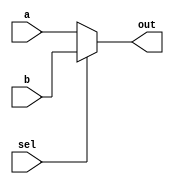
// =============================================================================
// -----------------------------------------------------------------------------
// This file implements the RISC 5 Stage processor.
// =============================================================================


module mux2to1_5bit (	input[4:0] a,
			input[4:0] b,
			input sel,
			output[4:0] out);

assign out = sel ? b : a;

endmodule


module mux2to1 (	input[7:0] a,
			input[7:0] b,
			input sel,
			output[7:0] out);

assign out = sel ? b : a;

endmodule

module forwardunit
(   
    EX_MEM_RegWrite_i,
    EX_MEM_RD_i,
    ID_EX_RS_i,
    ID_EX_RT_i,
    MEM_WB_RegWrite_i,
    MEM_WB_RD_i,
    forward_mux1,
    forward_mux2
);

input			EX_MEM_RegWrite_i, MEM_WB_RegWrite_i;
input	    	[4:0]	ID_EX_RS_i, ID_EX_RT_i, EX_MEM_RD_i, MEM_WB_RD_i;
output reg	    [1:0]	forward_mux1, forward_mux2;

always@(*)begin

    // forward 0
    forward_mux1 = 2'b00;

    // forward EX
    if(EX_MEM_RegWrite_i && (EX_MEM_RD_i != 8'h00) && (EX_MEM_RD_i == ID_EX_RS_i))
    forward_mux1 = 2'b10;

    // forward MEM
    else if(MEM_WB_RegWrite_i && (MEM_WB_RD_i != 8'h00) && MEM_WB_RD_i == ID_EX_RS_i)
    forward_mux1 = 2'b01;

    // forward 0
    forward_mux2 = 2'b00;

    // forward EX
    if(EX_MEM_RegWrite_i && (EX_MEM_RD_i != 8'h00) && (EX_MEM_RD_i == ID_EX_RT_i))
    forward_mux2 = 2'b10;

    // forward MEM
    else if(MEM_WB_RegWrite_i && (MEM_WB_RD_i != 8'h00) && MEM_WB_RD_i == ID_EX_RT_i)
    forward_mux2 = 2'b01;

end
endmodule

module mux4to1 (	input[7:0] a,
			input[7:0] b,
			input[7:0] c,
			input[7:0] d,
			input[1:0] sel,
			output[7:0] out);

assign out = sel[1] ? (sel[0] ? d : c) : (sel[0] ? b : a);

endmodule


module comparator(
input       control, 
input[1:0]  opCode,
input[7:0]  a, b, 
output reg  comp);

always@(*)
begin
   if (opCode == 2'b01)
      comp = a < b;
   else if (opCode == 2'b10)
      comp = a > b;
   else if (opCode == 2'b11)
      comp = a == b;
end

endmodule

module Imm_gen(
    input [1:0] ImmSel_o,
    input [31:0] Instr,
    output reg[7:0] Imm_o
);

wire [11:0] imm_i;
wire [7:0]  imm_s1; 
wire [5:0]  imm_s2;
assign imm_i  = Instr[31:20];
assign imm_s2 = Instr[11:7];
assign imm_s1 = Instr[31:25];

always@(*) 
begin
    case(ImmSel_o)
        default : begin
            Imm_o <= 7'b0000000;
        end

        2'b01 : begin //I type
            Imm_o <= imm_i[7:0];
        end

        2'b10 : begin //S type
            Imm_o <= (imm_s1[2:0] << 5) + imm_s2;
        end    

        2'b11 : begin //SB type
            Imm_o <= (imm_s1[2:0] << 5) + (imm_s2[4:1] << 1) + 1'b0;
        end            

    endcase
    $display("Out Imm: %d", Imm_o);
end

endmodule


module pc(
    input clk,
    input reset,
    input hazard,
    input  [7:0] pc_i,
    output reg[7:0] pc_o);

reg[7:0] spc_o;

always@(posedge clk or negedge reset)
begin
    if(!reset) spc_o <= 0;
    //else if (hazard) spc_o <= pc_i;
    //else if (pc_i == 256) spc_o <= 0;
    else  spc_o <= pc_i;
end

always@(*)
begin
    pc_o <= spc_o + 4;
end
endmodule

module registerFile(input           clock, reset, regWrite,
                    input[4:0]      rAddr1, rAddr2, wAddr, 
                    input[7:0]      datain,
                    output reg[7:0] output1, output2);

reg[7:0] register[15:0];
reg[7:0] sregister[15:0];

// Write data in register
always@(posedge clock or negedge reset)
begin
   if (!reset)
      begin
      sregister[0]        <= 8'h00;
	    sregister[1]        <= 8'h00;
	    sregister[2]        <= 8'h00;
	    sregister[3]        <= 8'h00;
	    sregister[4]        <= 8'h00;
	    sregister[5]        <= 8'h00;
	    sregister[6]        <= 8'h00;
	    sregister[7]        <= 8'h00;
	    sregister[8]        <= 8'h00;
	    sregister[9]        <= 8'h00;
	    sregister[10]       <= 8'h00;
	    sregister[11]       <= 8'h00;
	    sregister[12]       <= 8'h00;
	    sregister[13]       <= 8'h00;
	    sregister[14]       <= 8'h00;
	    sregister[15]       <= 8'h00;
      end
   else
     begin
       sregister[wAddr]        <= datain;
     end
end

// Output data
always@(*)
begin
    if (regWrite) register[wAddr] <= sregister[wAddr]; 
   output1 <= register[rAddr1];
   output2 <= register[rAddr2];
end

endmodule

module shiftL1(
input[7:0]      in,
output reg[7:0] out);

always@(*)
begin
   out = in << 1;
end

endmodule

module Control(
input [6:0]     Op_i,
output  reg[2:0]    ALUOp_o,
output  reg[1:0]    ImmSel_o,
output  reg    ALUSrc_o, RegDst_o, PCSrc_o,
output  reg    RegWrite_o ,MemRd_o,MemWr_o,MemToReg_o);


always@(*)begin

    case(Op_i)
        default:begin
            ALUOp_o <= 3'b111;
            ALUSrc_o <= 1'b0;
            RegWrite_o <= 1'b0;
            MemRd_o <= 1'b0;
            MemWr_o <= 1'b0;
            MemToReg_o <= 1'b0;
            RegDst_o <= 1'b0;
            PCSrc_o <= 1'b0;
            ImmSel_o <= 2'b00;
        end

        7'b0011011:begin //I cal
            ALUOp_o <= 3'b011;
            ALUSrc_o <= 1'b1;
            RegWrite_o <= 1'b1;
            MemRd_o <= 1'b0;
            MemWr_o <= 1'b0;
            MemToReg_o <= 1'b0;
            RegDst_o <= 1'b1;
            PCSrc_o <= 1'b0;
            ImmSel_o <= 2'b01;
        end

        7'b0110110:begin //R
            ALUOp_o <= 3'b010;
            ALUSrc_o <= 1'b0;
            RegWrite_o <= 1'b1;
            MemRd_o <= 1'b0;
            MemWr_o <= 1'b0;
            MemToReg_o <= 1'b0;
            RegDst_o <= 1'b1;
            PCSrc_o <= 1'b0;
            ImmSel_o <= 2'b01;
        end

        7'b1111100:begin //Lw
            ALUOp_o <= 3'b001;
            ALUSrc_o <= 1'b1;
            RegWrite_o <= 1'b1;
            MemRd_o <= 1'b1;
            MemWr_o <= 1'b0;
            MemToReg_o <= 1'b1;
            RegDst_o <= 1'b1;
            PCSrc_o <= 1'b0;
            ImmSel_o <= 2'b01;
        end

        7'b1101100:begin //Sw
            ALUOp_o <= 3'b001;
            ALUSrc_o <= 1'b1;
            RegWrite_o <= 1'b0;
            MemRd_o <= 1'b0;
            MemWr_o <= 1'b1;
            MemToReg_o <= 1'b0;
            RegDst_o <= 1'b0;
            PCSrc_o <= 1'b0;
            ImmSel_o <= 2'b10;
        end

        7'b1011001:begin //SB
            ALUOp_o <= 3'b110;
            ALUSrc_o <= 1'b1;
            RegWrite_o <= 1'b0;
            MemRd_o <= 1'b0;
            MemWr_o <= 1'b0;
            MemToReg_o <= 1'b0;
            RegDst_o <= 1'b0;
            PCSrc_o <= 1'b1;
            ImmSel_o <= 2'b11;
        end

        7'b0110011:begin //UJ
            ALUOp_o <= 3'b000;
            ALUSrc_o <= 1'b1;
            RegWrite_o <= 1'b0;
            MemRd_o <= 1'b0;
            MemWr_o <= 1'b0;
            MemToReg_o <= 1'b0;
            RegDst_o <= 1'b0;
            PCSrc_o <= 1'b1;
            ImmSel_o <= 2'b00;
        end

    endcase
    //$display("ALUOp_o = %b ,ALUSrc_o = %b, RegWrite_o = %b, MemRd_o = %b, MemWr_o = %b, MemToReg_o = %b, RegDst_o = %b,
      //      PCSrc_o = %b, ImmSel_o = %b",ALUOp_o, ALUSrc_o, RegWrite_o, MemRd_o, MemWr_o, MemToReg_o, RegDst_o, ImmSel_o);

end

endmodule

module data_memory(
input wire [7:0] addr,          // Memory Address
input wire [7:0] write_data,    // Memory Address Contents
input wire       memwrite, memread,
input wire       clk,reset,           // All synchronous elements, including memories, should have a clock signal
output reg [7:0] read_data      // Output of Memory Address Contents
);

reg [7:0] sMEMO[0:30];
reg [7:0] sread_data;
reg [7:0] MEMO[0:30];  // 256 words of 8-bit memory

integer i;

always@(posedge clk or negedge reset)
begin
  if (!reset) begin
    sread_data <= 8'h00;
    for (i = 0; i < 30; i = i + 1) begin
        sMEMO[i] <= 8'h00 + i;
    end
  end  
  else
    begin
     sMEMO[addr] <= write_data;
     sread_data <= MEMO[addr];
    end
end

// Using @(addr) will lead to unexpected behavior as memories are synchronous elements like registers
always @(posedge clk) begin
  if (memwrite == 1'b1) begin
    MEMO[addr] <= sMEMO[addr];
  end
  // Use memread to indicate a valid address is on the line and read the memory into a register at that address when memread is asserted
  if (memread == 1'b1) begin
    read_data <= sread_data;
  end

  //$display("mem[4]:%d, mem[5]:%d, mem[7]:%d ",MEMO[4] ,MEMO[5], MEMO[7]);
end

endmodule

module IDEX(input            clock, reset, flush,
            input[7:0]       pc, imm, 
            input[7:0]       Rdata1, Rdata2, 
            input[4:0]       Rd, Rs1, Rs2, 
            input[6:0]       opCode, funct7,
            input[2:0]       funct3, ALUOp_in,
            input        ALUSrc_in, RegDst_in, PCSrc_in,
                             RegWrite_in ,MemRd_in,MemWr_in,MemToReg_in,
            output reg[7:0]  IDEX_pc, IDEX_imm,
            output reg[7:0]  IDEX_Rdata1, IDEX_Rdata2,
            output reg[4:0]  IDEX_Rd, IDEX_Rs2, IDEX_Rs1,
            output reg[6:0]  IDEX_opCode, IDEX_funct7,
            output reg[2:0]  IDEX_funct3, IDEX_ALUOp,
            output reg       IDEX_ALUSrc, IDEX_RegDst, IDEX_PCSrc, 
                             IDEX_MemRead, IDEX_MemWrite, IDEX_RegWrite, IDEX_MemToReg);

            reg[7:0]  sIDEX_pc, sIDEX_imm;
          reg[7:0]  sIDEX_Rdata1, sIDEX_Rdata2;
         reg[4:0]  sIDEX_Rd, sIDEX_Rs2, sIDEX_Rs1;
          reg[6:0]  sIDEX_opCode, sIDEX_funct7;
          reg[2:0]  sIDEX_funct3, sIDEX_ALUOp;
          reg       sIDEX_ALUSrc, sIDEX_RegDst, sIDEX_PCSrc, 
                    sIDEX_MemRead, sIDEX_MemWrite, sIDEX_RegWrite, sIDEX_MemToReg;


always@(posedge clock or negedge reset)
begin
   if (!reset)
      begin
         // Reset
         sIDEX_pc          <= 8'h0;
         sIDEX_Rd          <= 5'h0;
         sIDEX_Rs1         <= 5'h0;
         sIDEX_Rs2         <= 5'h0;
         sIDEX_imm         <= 8'h0;
         sIDEX_Rdata1      <= 8'h0;
         sIDEX_Rdata2      <= 8'h0;

         sIDEX_opCode      <= 7'h0;
         sIDEX_funct7      <= 7'h0;

         sIDEX_funct3      <= 3'b000;
         sIDEX_ALUOp       <= 3'b000;

         sIDEX_ALUSrc      <= 1'b0;
         sIDEX_RegDst      <= 1'b0;
         sIDEX_PCSrc       <= 1'b0;
         sIDEX_MemRead     <= 1'b0;
         sIDEX_MemWrite    <= 1'b0;
         sIDEX_RegWrite    <= 1'b0;
         sIDEX_MemToReg    <= 1'b0;
      end
      else if(flush)
      begin
         sIDEX_pc          <= 8'h0;
         sIDEX_Rd          <= 5'h0;
         sIDEX_Rs1         <= 5'h0;
         sIDEX_Rs2         <= 5'h0;
         sIDEX_imm         <= 8'h0;
         sIDEX_Rdata1      <= 8'h0;
         sIDEX_Rdata2      <= 8'h0;

         sIDEX_opCode      <= 7'h0;
         sIDEX_funct7      <= 7'h0;

         sIDEX_funct3      <= 3'b000;
         sIDEX_ALUOp       <= 3'b000;

         sIDEX_ALUSrc      <= 1'b0;
         sIDEX_RegDst      <= 1'b0;
         sIDEX_PCSrc       <= 1'b0;
         sIDEX_MemRead     <= 1'b0;
         sIDEX_MemWrite    <= 1'b0;
         sIDEX_RegWrite    <= 1'b0;
         sIDEX_MemToReg    <= 1'b0;
      end
      else
      begin
      
      sIDEX_pc          <= pc;
      sIDEX_Rd          <= Rd;
      sIDEX_Rs1         <= Rs1;
      sIDEX_Rs2         <= Rs2;
      sIDEX_imm         <= imm;
      sIDEX_Rdata1      <= Rdata1;
      sIDEX_Rdata2      <= Rdata2;

      sIDEX_opCode      <= opCode;
      sIDEX_funct7      <= funct7;

      sIDEX_funct3      <= funct3;
      sIDEX_ALUOp       <= ALUOp_in;

      sIDEX_ALUSrc      <= ALUSrc_in;
      sIDEX_RegDst      <= RegDst_in;
      sIDEX_PCSrc       <= PCSrc_in;
      sIDEX_MemRead     <= MemRd_in;
      sIDEX_MemWrite    <= MemWr_in;
      sIDEX_RegWrite    <= RegWrite_in;
      sIDEX_MemToReg    <= MemToReg_in;
      
      end
      
end


// Output
always@(*)
begin
      IDEX_pc          <= sIDEX_pc;
      IDEX_Rd          <= sIDEX_Rd;
      IDEX_Rs1         <= sIDEX_Rs1;
      IDEX_Rs2         <= sIDEX_Rs2;
      IDEX_imm         <= sIDEX_imm;
      IDEX_Rdata1      <= sIDEX_Rdata1;
      IDEX_Rdata2      <= sIDEX_Rdata2;

      IDEX_opCode      <= sIDEX_opCode;
      IDEX_funct7      <= sIDEX_funct7;

      IDEX_funct3      <= sIDEX_funct3;
      IDEX_ALUOp       <= sIDEX_ALUOp;

      IDEX_ALUSrc      <= sIDEX_ALUSrc;
      IDEX_RegDst      <= sIDEX_RegDst;
      IDEX_PCSrc       <= sIDEX_PCSrc;
      IDEX_MemRead     <= sIDEX_MemRead;
      IDEX_MemWrite    <= sIDEX_MemWrite;
      IDEX_RegWrite    <= sIDEX_RegWrite;
      IDEX_MemToReg    <= sIDEX_MemToReg;
end

endmodule

module EXMEM(
            input            clock, reset,
            input[7:0]       ALU, Rdata2, PC_IDEX,
            input[4:0]       Rd,
            input            RegWrite_in ,MemRd_in ,MemWr_in ,MemToReg_in, PCSrc_in,
            output reg[7:0]  EXMEM_ALU, EXMEM_Rdata2, EXMEM_PC_O,
            output reg[4:0]  EXMEM_Rd, 
            output reg       EXMEM_MemRead, EXMEM_MemWrite, EXMEM_RegWrite, EXMEM_MemToReg, EXMEM_PCSrc);


reg[7:0]  s_EXMEM_ALU, s_EXMEM_Rdata2, sEXMEM_PC_O;
reg[4:0]  s_EXMEM_Rd;
reg       s_EXMEM_MemRead, s_EXMEM_MemWrite, s_EXMEM_RegWrite, s_EXMEM_MemToReg, s_EXMEM_PCSrc;


always@(posedge clock or negedge reset)
begin
   if (!reset)
      begin
// Reset
      s_EXMEM_ALU         <= 8'h0;
      s_EXMEM_Rdata2      <= 8'h0;
      s_EXMEM_Rd          <= 5'h0;
      s_EXMEM_MemRead     <= 1'b0;
      s_EXMEM_MemWrite    <= 1'b0;
      s_EXMEM_RegWrite    <= 1'b0;
      s_EXMEM_MemToReg    <= 1'b0;
      s_EXMEM_PCSrc       <= 1'b0;
      sEXMEM_PC_O      <= 1'b0;
      end
      else
      begin
        s_EXMEM_ALU         <= ALU;
   s_EXMEM_Rdata2      <= Rdata2;
   s_EXMEM_Rd          <= Rd;
   s_EXMEM_MemRead     <= MemRd_in;
   s_EXMEM_MemWrite    <= MemWr_in;
   s_EXMEM_RegWrite    <= RegWrite_in;
   s_EXMEM_MemToReg    <= MemToReg_in;
   s_EXMEM_PCSrc       <= PCSrc_in;
   sEXMEM_PC_O <= PC_IDEX;
   
      end
end

// Output
always@(*)
begin
   EXMEM_ALU         <= s_EXMEM_ALU;
   EXMEM_Rdata2      <= s_EXMEM_Rdata2;
   EXMEM_Rd          <= s_EXMEM_Rd;
   EXMEM_MemRead     <= s_EXMEM_MemRead;
   EXMEM_MemWrite    <= s_EXMEM_MemWrite;
   EXMEM_RegWrite    <= s_EXMEM_RegWrite;
   EXMEM_MemToReg    <= s_EXMEM_MemToReg;
   EXMEM_PCSrc       <= s_EXMEM_PCSrc;
   EXMEM_PC_O      <= sEXMEM_PC_O;
end

endmodule

module MEMWB(      input            clock, reset,
                   input[7:0]       ALU, ReadData,
                   input[4:0]       Rd,
                   input            RegWrite_in, MemToReg_in,
                   output reg[7:0]  MEMWB_ALU, MEMWB_ReadData,
                   output reg[4:0]  MEMWB_Rd,
                   output reg       MEMWB_RegWrite, MEMWB_MemToReg);


                  reg[7:0]  sMEMWB_ALU, sMEMWB_ReadData;
                reg[4:0]  sMEMWB_Rd;
               reg       sMEMWB_RegWrite, sMEMWB_MemToReg;

always@(posedge clock or negedge reset)
begin
   if (!reset)
   begin
      sMEMWB_ALU         <= 8'h0;
      sMEMWB_ReadData    <= 8'h0;
      sMEMWB_Rd          <= 5'h0;
      sMEMWB_RegWrite    <= 1'b0;
      sMEMWB_MemToReg    <= 1'b0;
   end
   else
   begin
   sMEMWB_ALU         <= ALU;
   sMEMWB_ReadData    <= ReadData;
   sMEMWB_Rd          <= Rd;
   sMEMWB_RegWrite    <= RegWrite_in;
   sMEMWB_MemToReg    <= MemToReg_in;
   
   end
end

always@(*)
begin
   MEMWB_ALU         <= sMEMWB_ALU;
   MEMWB_ReadData    <= sMEMWB_ReadData;
   MEMWB_Rd          <= sMEMWB_Rd;
   MEMWB_RegWrite    <= sMEMWB_RegWrite;
   MEMWB_MemToReg    <= sMEMWB_MemToReg;

end

endmodule


module hazardUnit(input[4:0] IFID_Rs1, IFID_Rs2, IDEX_Rd, 
                  input      IDEX_memRead, 
                  output reg pc_stall, IFID_stall, IDEX_flush);

always@(*)
begin

   // Hazard occur, stall process, reset pc

   if ((IFID_Rs1 != 0) && (IFID_Rs2 != 0) && IDEX_memRead && ((IFID_Rs1 == IDEX_Rd) || (IFID_Rs2 == IDEX_Rd)))
      begin //$display("stall");
         pc_stall      = 1'b1;
         IFID_stall    = 1'b1;
         IDEX_flush    = 1'b1;
      end
   else 
      begin //$display("No Hazard");
         pc_stall      = 1'b0;
         IFID_stall    = 1'b0;
         IDEX_flush    = 1'b0;
      end
end

endmodule


module instructionMemory(input           clock, reset, 
                         input[7:0]      programCounter, 
                         output reg[31:0] readRegister);

reg [31:0] instruction [12:0];

always@(posedge clock or negedge reset)
begin
   if(!reset) begin
      // I format-----------imm----------- rs--- fun rd--- opcode-----
      // R format-----------fun7-----rs2-- rs1-- fun rd--- opcode-----
      // s format-----------i11-5----rs2-- rs1-- fun i4-0- opcode-----
      instruction[00] <= 32'b0000000_00001_00000_001_00101_1111100;  //lw $5, 1($0)   r5<=1
      instruction[01] <= 32'b0000000_00010_00000_010_00110_1111100;  //lw $6, 2($0)   r6<=2
      instruction[02] <= 32'b0000000_00010_00101_000_00111_0011011;  //addi $7, $5, 2 r7<=1+2=3
      instruction[03] <= 32'b0000000_00110_00101_001_00100_0110110;  //sub $4, $5, $6 r4<=1-2=-1
      instruction[04] <= 32'b0000000_00100_00000_001_00100_0110110;  //sub $4, $0, $4 r4<=-(-1)=1   (com $4, $4)   
      /*instruction[05] <= 32'b0000000_00101_00100_000_01100_1011001;  //beq $5, $4, 6  if (r5==r4) pc=pc+3
      instruction[06] <= 32'b0000000_00010_00000_010_00101_1111100;  //lw $5, 2($0)   r5<=2 nop
      instruction[07] <= 32'b0000000_00110_00111_000_00111_0110110;  //add $7, $7, $6 r7<=3+2=5 nop
      instruction[08] <= 32'b0000000_00101_00101_010_00101_0110110;  //lsl $5, $5, $5 r5<=1X2=2
      instruction[09] <= 32'b0000000_00111_00101_100_00111_0110110;  //and $7, $5, $7 r7<=11^10=01=1
      instruction[10] <= 32'b0000000_00101_00000_010_00101_1101100;  //sw $5, 5($0)   mem[0+5]<=2  
      instruction[11] <= 32'b0000000_00111_00000_001_00111_1101100;  //sw $7, 7($0)   mem[7]<=1
      instruction[12] <= 32'b0000000_00100_00000_001_00100_1101100;  //sw $4. 4($0)   mem[4]<=1 */
   end
end
	
always@(*)
begin
   readRegister = instruction[programCounter>>2];
   $display("PC:%d Instruction[%d]:%b ",programCounter ,(programCounter>>2), instruction[programCounter>>2]);
end

endmodule

module IFID(input           clock, reset, stall, flush,
                  input[7:0]      programCounter,
		  input[31:0]	instructionMemory,
        output reg[31:0] IFID_instMem,
                  output reg[7:0] IFID_pc);

reg[7:0] temp_programCounter;
reg[31:0] temp_instructionMemory;

always@(posedge clock or negedge reset)
begin
   if (!reset)
      begin
         temp_programCounter    <= 8'h00;
         temp_instructionMemory <= 32'h00000000;
      end
   else if (stall)
      begin
         // Stall
         temp_programCounter    <= temp_programCounter;
         temp_instructionMemory <= temp_instructionMemory;
      end
   //else if (flush)
     // begin
     //    temp_programCounter    <= 0;
     //    temp_instructionMemory <= 0;
   //   end
   else
      begin
         temp_programCounter    <= programCounter;
         temp_instructionMemory <= instructionMemory;
      end
end

// Output PC and instruction Memory
always@(*)
begin
   IFID_pc             <= temp_programCounter;
   IFID_instMem        <= temp_instructionMemory;
end

endmodule


module muxHazard(
input	[2:0]	ALUOp_i,
input	RegDst_i, Hazard_i, ALUSrc_i, RegWrite_i, MemToReg_i, MemRead_i, MemWrite_i,
output	reg[2:0]	ALUOp_o,
output  reg[1:0]    ImmSel_o, 
output	reg RegDst_o, ALUSrc_o, RegWrite_o, MemToReg_o, MemRead_o, MemWrite_o, PCSrc_o);

always@(*)begin
    case(Hazard_i)
    1'b1 : begin
        RegDst_o <=1'b0;  
        ALUOp_o <= 3'b000;
        ALUSrc_o <= 1'b0; 
        RegWrite_o <= 1'b0;
        MemToReg_o <= 1'b0;
        MemRead_o <= 1'b0;
        MemWrite_o <= 1'b0;
        PCSrc_o <= 1'b0;
        ImmSel_o <= 2'b00;
    end

    1'b0 : begin
        RegDst_o <= RegDst_i;  
        ALUOp_o <= ALUOp_i;
        ALUSrc_o <= ALUSrc_i; 
        RegWrite_o <= RegWrite_i;
        MemToReg_o <= MemToReg_i;
        MemRead_o <= MemRead_i;
        MemWrite_o <= MemWrite_i;
        ImmSel_o <= ImmSel_o;
    end

    default : begin
        RegDst_o <= RegDst_i;  
        ALUOp_o <= ALUOp_i;
        ALUSrc_o <= ALUSrc_i; 
        RegWrite_o <= RegWrite_i;
        MemToReg_o <= MemToReg_i;
        MemRead_o <= MemRead_i;
        MemWrite_o <= MemWrite_i;
        ImmSel_o <= ImmSel_o;
    end

    endcase
end
endmodule

module ALU(
    input [7:0] data1_i, data2_i,
    input [6:0] funct7,//funct7[9:3]+funct3[2:0]
    input [2:0] funct3,
    input [2:0] ALUOp_i,//00 for addi
    output reg[7:0] data_o,
    output reg Zero_o
);


reg[9:0] funct_i;



always@(*)begin

funct_i <= (funct7 << 7) + funct3;

  case(ALUOp_i)
    
    3'b011 : begin //R
        case(funct_i)
            3'b000 : begin //addi
                data_o = data1_i + data2_i;
            end
            3'b001 : begin //subi
                data_o = data1_i - data2_i;
            end
            3'b011 : begin //ori
                data_o = data1_i | data2_i;
            end
            3'b111 : begin //xori
                data_o = data1_i ^ data2_i;
            end
            3'b100 : begin //andi
                data_o = data1_i & data2_i;
            end
        endcase
    end

    3'b010 : begin //R
        case(funct_i)
            10'b0000000000 : begin //add
                data_o = data1_i + data2_i;
            end
            10'b0000000001 : begin //sub
                data_o = data1_i - data2_i;
            end
            10'b1000000010 : begin //lsl
                data_o = data1_i << data2_i;
            end
            10'b1100000010 : begin //lsr
                data_o = data1_i >> data2_i;
            end
            10'b0000000011 : begin //or
                data_o = data1_i | data2_i;
            end
            10'b1000000111 : begin //xor
                data_o = data1_i ^ data2_i;
            end
            10'b0000000100 : begin //and
                data_o = data1_i & data2_i;
            end
            10'b1000000110 : begin //greater
                data_o = data1_i > data2_i;
            end
            10'b1100000110 : begin //less
                data_o = data1_i < data2_i;
            end
            10'b1110000110 : begin //equal
                data_o = data1_i == data2_i;
            end
            default : begin
                //ALUCtrl_o = 3'b000;
            end
        endcase
    end

    3'b110 : begin //sb
        case(funct_i)
            3'b000 : begin //eq
                data_o = data1_i == data2_i;
            end
            3'b001 : begin //neq
                data_o = data1_i != data2_i;
            end
            3'b011 : begin //greater
                data_o = data1_i > data2_i;
            end
            3'b111 : begin //less
                data_o = data1_i < data2_i;
            end
        endcase
    end

    3'b001 : begin //sw or lw
        data_o = data1_i + data2_i;
    end

    default : begin
        data_o = data_o;
    end
    endcase

    Zero_o = (data_o == 0)?0:1;
    $display("Rs1:%d Rs2:%d ALUResult:%d ",data1_i ,data2_i, data_o);
end

endmodule

module processor
(
clk,
reset,
aluout
);

// IO
input clk;
input reset;
output [7:0] aluout;
// Wire ---------------------------------------------------------------------------------------------------------------------------------------------

// Program Counter
wire [7:0] pc_in, pc_out, pc_out_ifid, pc_out_idex, pc_out_branch;
wire pc_stall;

//IF/ID
wire [31:0] instruction_memory_out, instruction_memory_out_ifid;
wire ifid_stall, idex_flush;
wire [7:0] register_read_data1, register_read_data2;

// ID/EX
wire [7:0] idex_imm, idex_Rdata1, idex_Rdata2;
wire [4:0] idex_Rd, idex_Rs1, idex_Rs2;
wire [6:0] idex_Opcode, idex_funct7;
wire [2:0] idex_funct3, idex_alu_opcode;
wire    idex_alu_src, idex_reg_dst, idex_pc_src, idex_mem_read, idex_mem_write, idex_reg_write, idex_mem_to_reg;

// Forwardunit
wire [1:0] forward_mux_top, forward_mux_bottom;

//MuxHazard
wire [2:0] mux_hazard_alu_opcode;
wire [1:0] mux_hazard_imm_sel;
wire mux_hazard_reg_dst, mux_hazard_alu_src, mux_hazard_reg_write, mux_hazard_mem_to_reg, mux_hazard_mem_read, mux_hazard_mem_write, mux_hazard_pc_src; 

// Mux
wire [7:0] forward_out1, forward_out2, alumux_out;
wire [4:0] regdstmux_out;

//Control
wire [1:0] control_imm_select;
wire [7:0] imm_out;
wire control_alu_src, control_reg_dst, control_pc_src, control_reg_write, control_mem_rd, control_mem_wr, control_mem_to_reg;
wire [2:0] control_alu_opcode;

//MEM/WB
wire memwb_reg_write, memwb_mem_to_reg;
wire [7:0] wb_data, memwb_alu_out, memwb_data_memory_out;
wire [4:0] memwb_Rd;

//ALU
wire [7:0] alu_out;
wire alu_zero_out;

// Data Memory
wire [7:0] data_memory_out;

// EX/MEM
wire [7:0] exmem_alu, exmem_Rdata2;
wire [4:0] exmem_Rd;
wire exmem_mem_read, exmem_mem_write, exmem_reg_write, exmem_mem_to_reg, exmem_pc_src;

assign aluout = exmem_alu;
// Module ---------------------------------------------------------------------------------------------------------------------------------------------------------------------------------------------------------------------------

// IF/ID
pc pc(
    // Input
    .clk(clk),          //1
    .reset(reset),      //1
    .hazard(pc_stall),  //1
    .pc_i(pc_in),       //1
    // Output
    .pc_o(pc_out));       //8

instructionMemory instruction_mem(
    //input
    .clock(clk),        //1
    .reset(reset),      //1
    .programCounter(pc_out),            //8
    //output
    .readRegister(instruction_memory_out));    //31

IFID IFID(
    // Input
    .clock(clk),        //1
    .reset(reset),      //1
    .stall(ifid_stall), //1
    .flush(idex_pc_src),  //1
    .programCounter(pc_out),                //8
    .instructionMemory(instruction_memory_out),    //8
    //Output
    .IFID_pc(pc_out_ifid),                  //8
    .IFID_instMem(instruction_memory_out_ifid));   //8

hazardUnit hazard(
    // Input
    .IFID_Rs1(instruction_memory_out_ifid[19:15]),    //5
    .IFID_Rs2(instruction_memory_out_ifid[24:20]),   //5
    .IDEX_Rd(instruction_memory_out_ifid[11:7]),     //5
    .IDEX_memRead(idex_mem_read),              //1
    // Output
    .pc_stall(pc_stall),                    //1
    .IFID_stall(ifid_stall),                //1
    .IDEX_flush(idex_flush));               //1

registerFile register(
    // Input
    .clock(clk),                //1
    .reset(reset),              //1
    .regWrite(memwb_reg_write), //1
    .rAddr1(instruction_memory_out_ifid[19:15]),     //8
    .rAddr2(instruction_memory_out_ifid[24:20]),    //8
    .wAddr(instruction_memory_out_ifid[11:7]),     //8
    .datain(wb_data),       //8
    // Output
    .output1(register_read_data1),     //8
    .output2(register_read_data2));   //8

Control control(
    // Input
    .Op_i(instruction_memory_out_ifid[6:0]),   //7
    // Output
    .ALUOp_o(control_alu_opcode),          //3
    .ImmSel_o(control_imm_select),      //2
    .ALUSrc_o(control_alu_src),        //1
    .RegDst_o(control_reg_dst),        //1
    .PCSrc_o(control_pc_src),                   //1
    .RegWrite_o(control_reg_write),    //1
    .MemRd_o(control_mem_rd),          //1
    .MemWr_o(control_mem_wr),          //1
    .MemToReg_o(control_mem_to_reg));   //1

mux2to1 muxBranch(
    // Input
    .a(pc_out),             //8
    .b(pc_out_branch),          //8
    .sel(exmem_pc_src),           //1
    // Output
    .out(pc_in));           //8

Imm_gen immgen(
    // Input
    .ImmSel_o(control_imm_select),            //2  from control
    .Instr(instruction_memory_out_ifid),               //32
    // Output
    .Imm_o(imm_out));              //8

muxHazard muxhazard(
    // Input
    .ALUOp_i(control_alu_opcode),          //3
    .RegDst_i(control_reg_dst),        //1
    .Hazard_i(idex_flush),              //1
    .ALUSrc_i(control_alu_src),        //1
    .RegWrite_i(control_reg_write),    //1
    .MemToReg_i(control_mem_to_reg),    //1
    .MemRead_i(control_mem_rd),        //1
    .MemWrite_i(control_mem_wr),       //1
    // Output
    .ALUOp_o(mux_hazard_alu_opcode),             //3
    .ImmSel_o(mux_hazard_imm_sel),            //2
    .RegDst_o(mux_hazard_reg_dst),            //1
    .ALUSrc_o(mux_hazard_alu_src),            //1
    .RegWrite_o(mux_hazard_reg_write),          //1
    .MemToReg_o(mux_hazard_mem_to_reg),          //1
    .MemRead_o(mux_hazard_mem_read),           //1
    .MemWrite_o(mux_hazard_mem_write),        //1
    .PCSrc_o(mux_hazard_pc_src));           //1

// ID/EX ---------------------------------------------------------------------------------------------
mux4to1 muxEX_top(
    // Input
    .a(idex_Rdata1),           //8
    .b(wb_data),    //8
    .c(exmem_alu),          //8
    .d(idex_imm),          //8
    .sel(forward_mux_top),      //2
    // Output
    .out(forward_out1));       //8

mux4to1 muxEX_Bottom(
    // Input
    .a(idex_Rdata2),           //8
    .b(wb_data),    //8
    .c(exmem_alu),          //8
    .d(idex_imm),          //8
    .sel(forward_mux_bottom),      //2
    // Output
    .out(forward_out2));       //8

IDEX IDEX(
    // Input
    .clock(clk),        //1
    .reset(reset),      //1
    .flush(idex_flush), //1
    .pc(pc_out_ifid),   //8
    .imm(imm_out),             //8
    .Rdata1(register_read_data1),          //8
    .Rdata2(register_read_data2),          //8
    .Rd(instruction_memory_out_ifid[11:7]),              //5
    .Rs1(instruction_memory_out_ifid[19:15]),             //5
    .Rs2(instruction_memory_out_ifid[24:20]),             //5
    .opCode(instruction_memory_out_ifid[6:0]),          //7
    .funct7(instruction_memory_out_ifid[31:25]),          //7
    .funct3(instruction_memory_out_ifid[14:12]),          //3
    .ALUOp_in(mux_hazard_alu_opcode),        //3
    .ALUSrc_in(mux_hazard_alu_src),       //1
    .RegDst_in(mux_hazard_reg_dst),       //1
    .PCSrc_in(mux_hazard_pc_src),        //1
    .RegWrite_in(mux_hazard_reg_write),     //1
    .MemRd_in(mux_hazard_mem_read),        //1
    .MemWr_in(mux_hazard_mem_write),        //1
    .MemToReg_in(mux_hazard_mem_to_reg),     //1
    // Output
    .IDEX_pc(pc_out_idex),         //8
    .IDEX_imm(idex_imm),        //8
    .IDEX_Rdata1(idex_Rdata1),     //8
    .IDEX_Rdata2(idex_Rdata2),     //8
    .IDEX_Rd(idex_Rd),         //5
    .IDEX_Rs1(idex_Rs1),        //5
    .IDEX_Rs2(idex_Rs2),        //5
    .IDEX_opCode(idex_Opcode),     //7
    .IDEX_funct7(idex_funct7),     //7
    .IDEX_funct3(idex_funct3),     //3
    .IDEX_ALUOp(idex_alu_opcode),      //3
    .IDEX_ALUSrc(idex_alu_src),     //1
    .IDEX_RegDst(idex_reg_dst),     //1
    .IDEX_PCSrc(idex_pc_src),      //1
    .IDEX_MemRead(idex_mem_read),    //1
    .IDEX_MemWrite(idex_mem_write),   //1
    .IDEX_RegWrite(idex_reg_write),   //1
    .IDEX_MemToReg(idex_mem_to_reg));  //1


// EX/MEM ----------------------------------------------------------------------------------------------------------------------
EXMEM exmem(
    // Input
    .clock(clk),    //1
    .reset(reset),  //1
    .ALU(alu_out),         //8
    .Rdata2(forward_out2),      //8
    .Rd(regdstmux_out),          //5
    .RegWrite_in(idex_reg_write), //1
    .MemRd_in(idex_mem_read),    //1
    .MemWr_in(idex_mem_write),    //1
    .MemToReg_in(idex_mem_to_reg), //1
    .PCSrc_in(idex_pc_src),    //1
    .PC_IDEX(pc_out_idex),
    // Output
    .EXMEM_ALU(exmem_alu),   //8
    .EXMEM_Rdata2(exmem_Rdata2),//8
    .EXMEM_Rd(exmem_Rd),    //5
    .EXMEM_MemRead(exmem_mem_read),   //1
    .EXMEM_MemWrite(exmem_mem_write),  //1
    .EXMEM_RegWrite(exmem_reg_write),  //1
    .EXMEM_MemToReg(exmem_mem_to_reg),  //1
    .EXMEM_PC_O(pc_out_branch),
    .EXMEM_PCSrc(exmem_pc_src));     //1

mux2to1 alumux(
    //input
    .a(forward_out2),
    .b(idex_imm),
    .sel(idex_alu_src),
    //output
    .out(alumux_out));

mux2to1_5bit regdstmux(
    //input
    .a(idex_Rs2),
    .b(idex_Rd),
    .sel(idex_reg_dst),
    //output
    .out(regdstmux_out));

ALU ALU(
    // Input
    .data1_i(forward_out1),        //8
    .data2_i(alumux_out),        //8
    .funct7(idex_funct7),             //7
    .funct3(idex_funct3),              //3
    .ALUOp_i(idex_alu_opcode),  //3
    // Output
    .data_o(alu_out),          //8
    .Zero_o(alu_zero_out));             //1

forwardunit forward(
    // Input
    .EX_MEM_RegWrite_i(exmem_reg_write),   //1
    .MEM_WB_RegWrite_i(memwb_reg_write),   //1
    .ID_EX_RS_i(idex_Rs1), //8
    .ID_EX_RT_i(idex_Rs2), //8    instr[rs2]
    .EX_MEM_RD_i(exmem_Rd),         //8
    .MEM_WB_RD_i(memwb_Rd),         //8
    // Output
    .forward_mux1(forward_mux_top),     //2
    .forward_mux2(forward_mux_bottom));    //2

// MEM/WB --------------------------------------------------------------------------------
data_memory data_mem(
    // Input
    .addr(alu_out),          //8
    .write_data(exmem_Rdata2),   //8
    .memwrite(exmem_mem_write),   //1
    .memread(exmem_mem_read),     //1
    .clk(clk),                      //1
    .reset(reset),
    // Output
    .read_data(data_memory_out));        //8
    
MEMWB MEMWB(
    // Input
    .clock(clk),        //1
    .reset(reset),      //1
    .ALU(alu_out),             //8
    .ReadData(data_memory_out),        //8
    .Rd(exmem_Rd),              //5
    .RegWrite_in(exmem_reg_write),     //1
    .MemToReg_in(exmem_mem_to_reg),     //1
    // Output
    .MEMWB_ALU(memwb_alu_out),       //8
    .MEMWB_ReadData(memwb_data_memory_out),  //8
    .MEMWB_Rd(memwb_Rd),        //5
    .MEMWB_RegWrite(memwb_reg_write),  //1
    .MEMWB_MemToReg(memwb_mem_to_reg)); //1

mux2to1 muxDataMem(
    // Input
    .a(memwb_data_memory_out),         //8
    .b(memwb_alu_out),   //8
    .sel(memwb_mem_to_reg),        //1
    // Output
    .out(wb_data));         //8

/*
initial
begin
   clk = 0;
   reset = 0;

   #5 reset = 1;
end

initial
begin
   forever #10 clk = ~clk;
end

initial
begin
   #500 $finish;
end

*/
endmodule